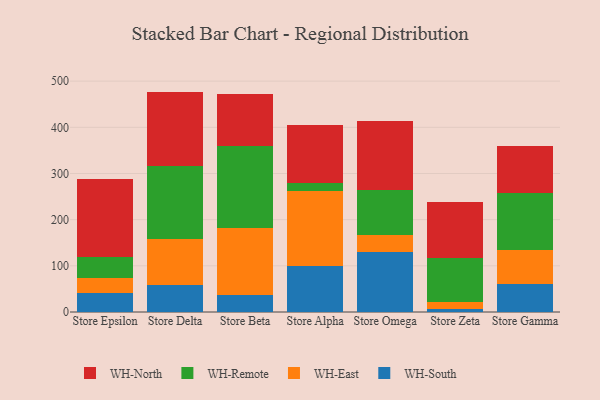
{"axis": {"x": "Store", "y": "Website Visitors"}, "legend": ["WH-East", "WH-North", "WH-Remote", "WH-South"], "data": [{"x": "Store Epsilon", "y": 42.1, "type": "WH-South"}, {"x": "Store Epsilon", "y": 31.0, "type": "WH-East"}, {"x": "Store Epsilon", "y": 46.2, "type": "WH-Remote"}, {"x": "Store Epsilon", "y": 167.9, "type": "WH-North"}, {"x": "Store Delta", "y": 57.9, "type": "WH-South"}, {"x": "Store Delta", "y": 100.1, "type": "WH-East"}, {"x": "Store Delta", "y": 158.4, "type": "WH-Remote"}, {"x": "Store Delta", "y": 161.0, "type": "WH-North"}, {"x": "Store Beta", "y": 36.4, "type": "WH-South"}, {"x": "Store Beta", "y": 146.6, "type": "WH-East"}, {"x": "Store Beta", "y": 176.7, "type": "WH-Remote"}, {"x": "Store Beta", "y": 112.0, "type": "WH-North"}, {"x": "Store Alpha", "y": 100.1, "type": "WH-South"}, {"x": "Store Alpha", "y": 161.5, "type": "WH-East"}, {"x": "Store Alpha", "y": 17.7, "type": "WH-Remote"}, {"x": "Store Alpha", "y": 124.7, "type": "WH-North"}, {"x": "Store Omega", "y": 128.9, "type": "WH-South"}, {"x": "Store Omega", "y": 37.0, "type": "WH-East"}, {"x": "Store Omega", "y": 98.5, "type": "WH-Remote"}, {"x": "Store Omega", "y": 148.5, "type": "WH-North"}, {"x": "Store Zeta", "y": 5.5, "type": "WH-South"}, {"x": "Store Zeta", "y": 15.5, "type": "WH-East"}, {"x": "Store Zeta", "y": 95.2, "type": "WH-Remote"}, {"x": "Store Zeta", "y": 121.3, "type": "WH-North"}, {"x": "Store Gamma", "y": 61.5, "type": "WH-South"}, {"x": "Store Gamma", "y": 72.9, "type": "WH-East"}, {"x": "Store Gamma", "y": 123.6, "type": "WH-Remote"}, {"x": "Store Gamma", "y": 102.5, "type": "WH-North"}]}